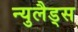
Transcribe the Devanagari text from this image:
न्युलैड्स